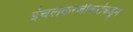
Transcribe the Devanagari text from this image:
इंचलकरंजीकरांकडून